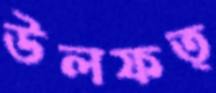
উলফত্